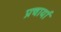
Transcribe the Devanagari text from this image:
प्रचार्या